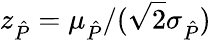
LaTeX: z_{\hat{P}}=\mu_{\hat{P}}/(\sqrt 2\sigma_{\hat{P}})